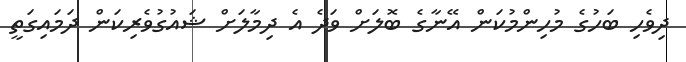
ދިވެހި ބަހުގެ މުހިންމުކަން އޭނާގެ ބޮލަށް ވަދެ އެ ދިމާލަށް ޝައުގުވެރިކަން ދަމައިގަތީ